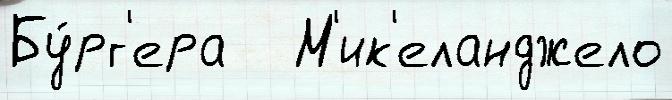
Бу́рг'ера   М'ик'еланджело